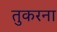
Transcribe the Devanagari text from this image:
तुकरना